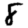
Digit: 8